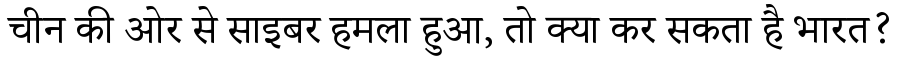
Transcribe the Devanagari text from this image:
चीन की ओर से साइबर हमला हुआ, तो क्या कर सकता है भारत?